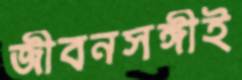
জীবনসঙ্গীই